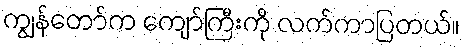
ကျွန်တော်က ကျော်ကြီးကို လက်ကာပြတယ်။